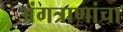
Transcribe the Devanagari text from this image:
अंगत्राणांचा